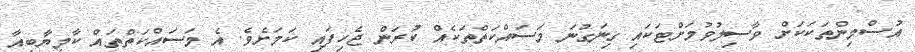
އުސްމިންތަކަކަށް ވާސިލުވުމަށްޓަކައި ގިނަގުނަ މަސައްކަތްތަކެއް ކުރަން ޖެހިފައި ކަމަށެވެ. އެ މަސައްކަތްތައް ކާމިޔާބީއާ